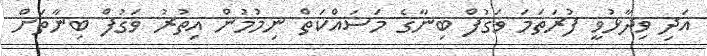
އަދި ވިދާޅުވީ ފުރަތަމަ ވަގުފް ބިނާގެ މަަސައްކަތް ނިމުމުން އިތުރު ވަގުފް ބިނާތަށް